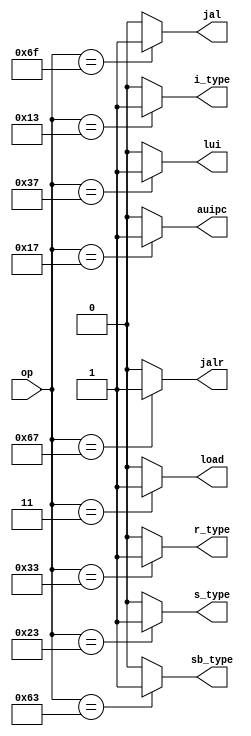
  module typedec (op,r_type,i_type,s_type,load,sb_type,auipc,jal,jalr,lui);
  input wire [6:0] op;
  output reg r_type;
  output reg i_type;
  output reg s_type;
  output reg load;
  output reg sb_type;
  output reg auipc;
  output reg  jal;
  output reg  jalr;
  output reg  lui;
  
  always @(*)begin 
    r_type = 1'b0;
    i_type = 1'b0;
    s_type = 1'b0;//store
    load = 1'b0;
    sb_type = 1'b0;//branch
    auipc = 1'b0; // u_type
    jal = 1'b0; //uj type
    jalr = 1'b0; //uj type
    lui = 1'b0; //u type
  case(op)
    7'b0110011:begin 
      r_type = 1'b1;
    end 
    7'b0010011:begin 
      i_type<=1'b1;
    end
    7'b0100011:begin 
      s_type<=1'b1;
    end
     7'b0000011:begin 
      load<=1'b1;
    end
    7'b1100011:begin 
      sb_type<=1'b1;
    end
     7'b0010111:begin 
      auipc<=1'b1;
    end
    7'b1101111:begin 
      jal<=1'b1;
    end
    7'b1100111:begin 
      jalr<=1'b1;
    end
    7'b0110111:begin 
      lui<=1'b1;
    end

    default:begin 
      r_type = 1'b0;
      i_type = 1'b0;
      s_type = 1'b0;
      load = 1'b0;
      sb_type = 1'b0;
      auipc = 1'b0; // u_type
      jal = 1'b0; //uj type
      jalr = 1'b0; //uj type
      lui = 1'b0; //u type
      end
  endcase
  end  
  endmodule